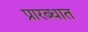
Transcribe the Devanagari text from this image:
प्रारब्धात